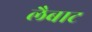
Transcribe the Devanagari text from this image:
लैबाट